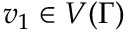
v _ { 1 } \in V ( \Gamma )